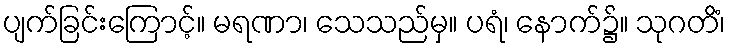
ပျက်ခြင်းကြောင့်။ မရဏာ၊ သေသည်မှ။ ပရံ၊ နောက်၌။ သုဂတိံ၊